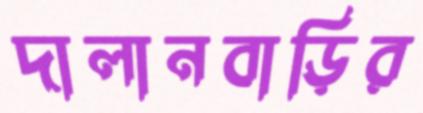
দালানবাড়ির